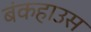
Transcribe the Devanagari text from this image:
बंकहाउस